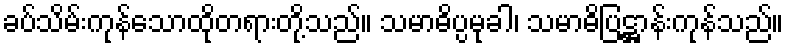
ခပ်သိမ်းကုန်သောထိုတရားတို့သည်။ သမာဓိပ္ပမုခါ၊ သမာဓိပြဋ္ဌာန်းကုန်သည်။